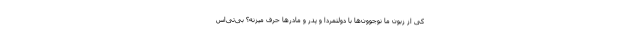
کی از زبون ما نوجوون‌ها با دولتمردا و پدر و مادرها حرف میزنه؟ بی‌تی‌اس